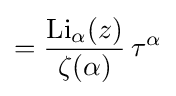
={\frac {{\textrm {Li}}_{\alpha }(z)}{\zeta (\alpha )}}\,\tau ^{\alpha }